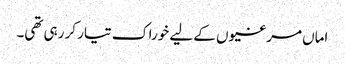
اماں مرغیوں کے لیے خوراک تیار کر رہی تھی۔